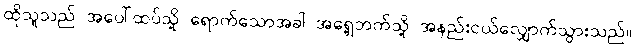
ထိုသူသည် အပေါ်ထပ်သို့ ရောက်သောအခါ အရှေ့ဘက်သို့ အနည်းငယ်လျှောက်သွားသည်။